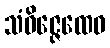
သံဝိဇ္ဇေထေဝ